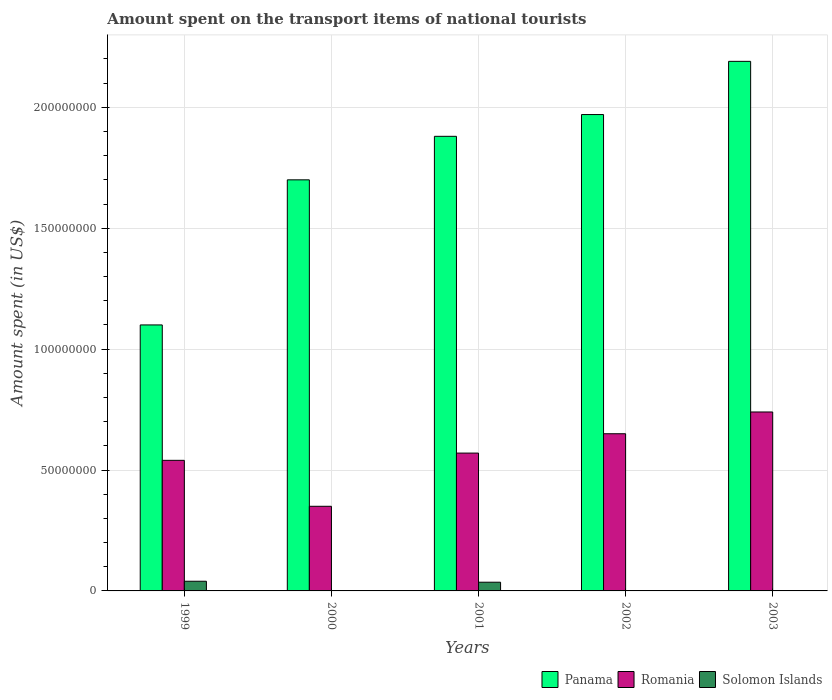
| Years | Panama | Romania | Solomon Islands |
 | --- | --- | --- | --- |
 | 1999 | 1.1e+08 | 5.4e+07 | 4e+06 |
 | 2000 | 1.7e+08 | 3.5e+07 | 1e+05 |
 | 2001 | 1.88e+08 | 5.7e+07 | 3.6e+06 |
 | 2002 | 1.97e+08 | 6.5e+07 | 1e+05 |
 | 2003 | 2.19e+08 | 7.4e+07 | 1e+05 |